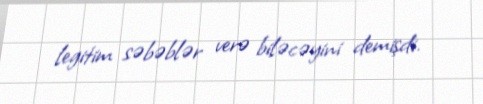
legitim səbəblər verə biləcəyini demişdi.